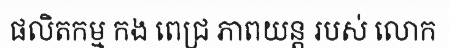
ផលិតកម្ម កង ពេជ្រ ភាពយន្ត របស់ លោក